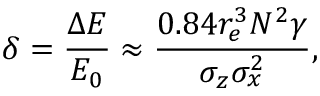
\delta = \frac { \Delta E } { E _ { 0 } } \approx \frac { 0 . 8 4 r _ { e } ^ { 3 } N ^ { 2 } \gamma } { \sigma _ { z } \sigma _ { x } ^ { 2 } } ,